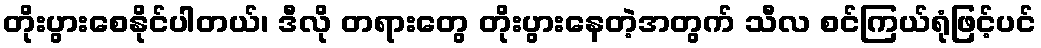
တိုးပွားစေနိုင်ပါတယ်၊ ဒီလို တရားတွေ တိုးပွားနေတဲ့အတွက် သီလ စင်ကြယ်ရုံဖြင့်ပင်